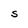
Character: S